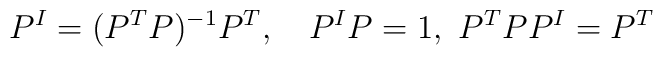
P^I=(P^TP)^{-1}P^T,~~~P^IP=1,~P^TPP^I=P^T